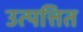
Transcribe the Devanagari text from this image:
उत्पत्तित